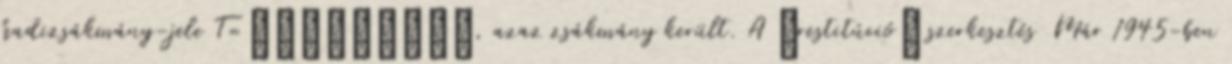
hadizsákmány-jele T=трофейный, azaz zsákmány került. A „restitúció” szerkesztés Már 1945-ben